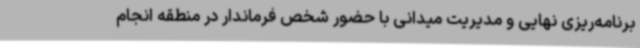
برنامه‌ریزی نهایی و مدیریت میدانی با حضور شخص فرماندار در منطقه انجام